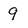
Character: 9